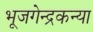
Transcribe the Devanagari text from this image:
भूजगेन्द्रकन्या